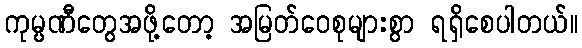
ကုမ္ပဏီတွေအဖို့တော့ အမြတ်ဝေစုများစွာ ရရှိစေပါတယ်။